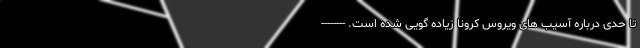
تا حدی درباره آسیب­ های ویروس کرونا زیاده­ گویی شده است. --------